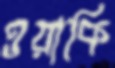
ওয়াকি